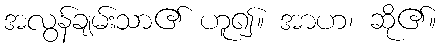
အလွန်ချမ်းသာ၏ ဟူ၍။ အာဟ၊ ဆို၏။